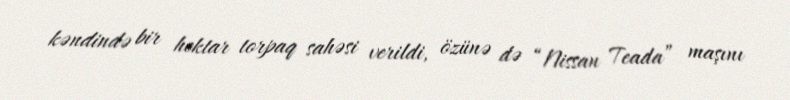
kəndində bir hektar torpaq sahəsi verildi, özünə də “Nissan Teada” maşını